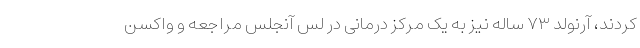
کردند، آرنولد ۷۳ ساله نیز به یک مرکز درمانی در لس آنجلس مراجعه و واکسن